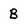
Character: B